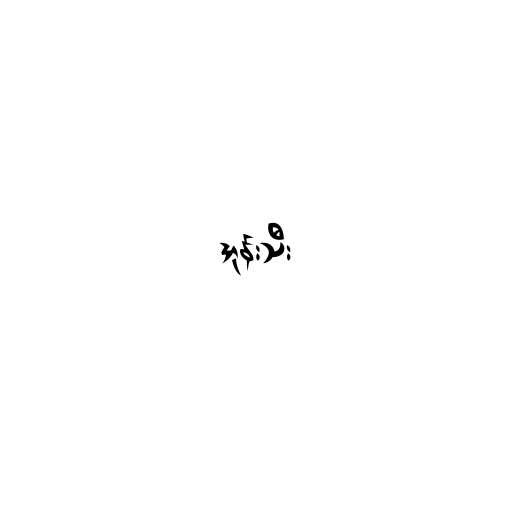
အုန်းသီး